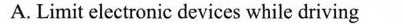
A. Limit electronic devices while driving